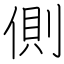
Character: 側